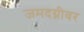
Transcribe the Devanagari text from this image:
जमदग्नीवर